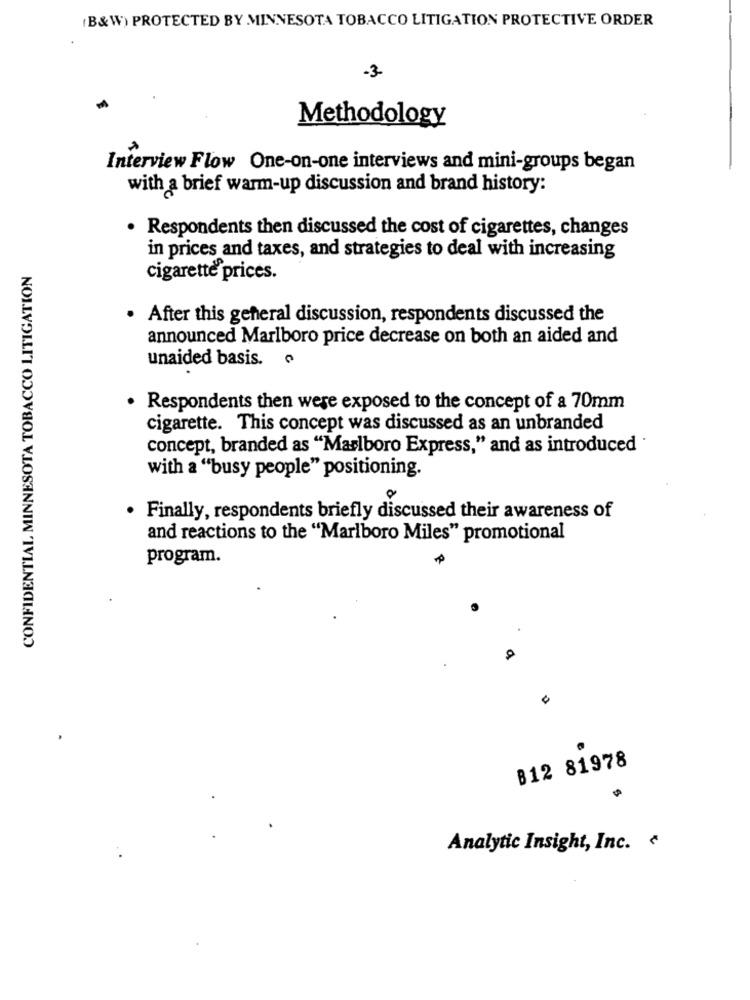
(B&W) PROTECTED BY MINNESOTA TOBACCO LITIGATION PROTECTIVE ORDER
-3-
Methodology
Interview Flow One-on-one interviews and mini-groups began
with a brief warm-up discussion and brand history:
. Respondents then discussed the cost of cigarettes, changes
in prices and taxes, and strategies to deal with increasing
CONFIDENTIAL MINNESOTA TOBACCO LITIGATION
cigarette prices.
. After this genteral discussion, respondents discussed the
announced Marlboro price decrease on both an aided and
unaided basis.
· Respondents then were exposed to the concept of a 70mm
cigarette. This concept was discussed as an unbranded
concept, branded as "Marlboro Express," and as introduced "
with a "busy people" positioning.
. Finally, respondents briefly discussed their awareness of
and reactions to the "Marlboro Miles" promotional
program.
B12 81978
Analytic Insight, Inc. ~